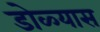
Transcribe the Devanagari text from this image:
डोळ्यास